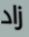
زاد